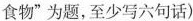
食物"为题,至少写六句话)